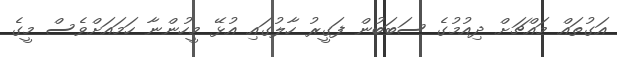
އަގުތައް މައްޗަށް ދިއުމުގެ ސަބަބުން ފަގީރު ހާލުގައި އުޅޭ މީހުންނާ ހަމައަށްވެސް މީގެ